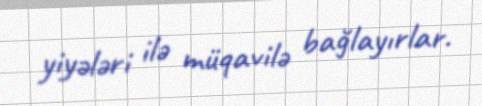
yiyələri ilə müqavilə bağlayırlar.